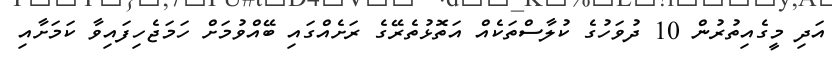
އަދި މީގެއިތުރުން 10 ދުވަހުގެ ކުލާސްތަކެއް އަތޮޅުތެރޭގެ ރަށެއްގައި ބޭއްވުމަށް ހަމަޖެހިފައިވާ ކަމަށާއި